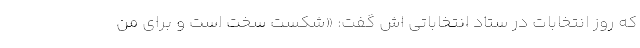
که روز انتخابات در ستاد انتخاباتی اش گفت: «شکست سخت است و برای من